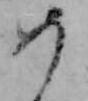
め